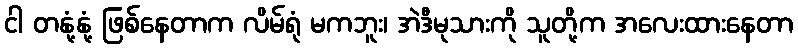
ငါ တနုံ့နုံ့ ဖြစ်နေတာက လိမ်ရုံ မကဘူး၊ အဲဒီမုသားကို သူတို့က အလေးထားနေတာ